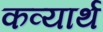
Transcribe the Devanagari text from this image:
कव्यार्थ